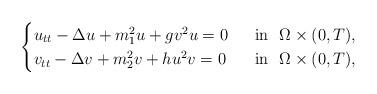
LaTeX: \begin{align*}\begin{cases}u_{tt} - \Delta u + m_{1}^2u + gv^2u = 0 &~\hbox{ in }~ \Omega \times (0,T), \\v_{tt} - \Delta v + m_{2}^2v + hu^2v = 0 &~\hbox{ in }~ \Omega\times (0,T),\end{cases}\end{align*}